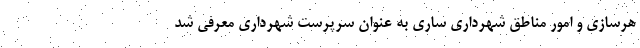
هرسازی و امور مناطق شهرداری ساری به عنوان سرپرست شهرداری معرفی شد